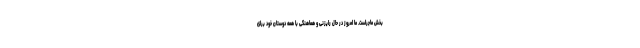
بخش ماجراست. ما امروز در حال رایزنی و هماهنگی با همه دوستان خود برای